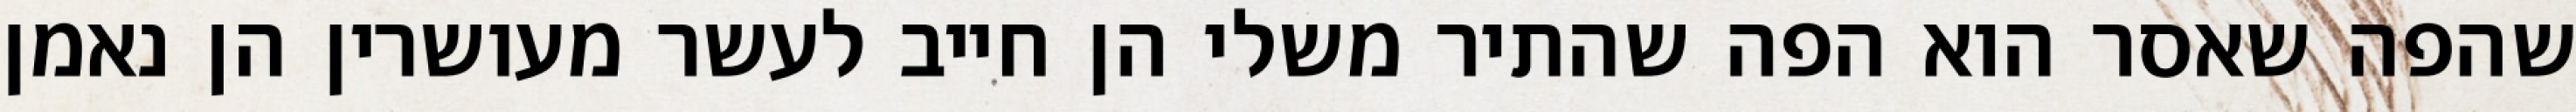
שהפה שאסר הוא הפה שהתיר משלי הן חייב לעשר מעושרין הן נאמן